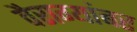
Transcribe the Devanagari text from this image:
वैराग्यांबर